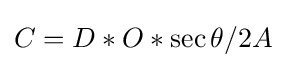
C=D*O*\sec \theta /2A